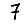
Digit: 7